Calcutta medical institutions reports 1892-1900
Year: 1892
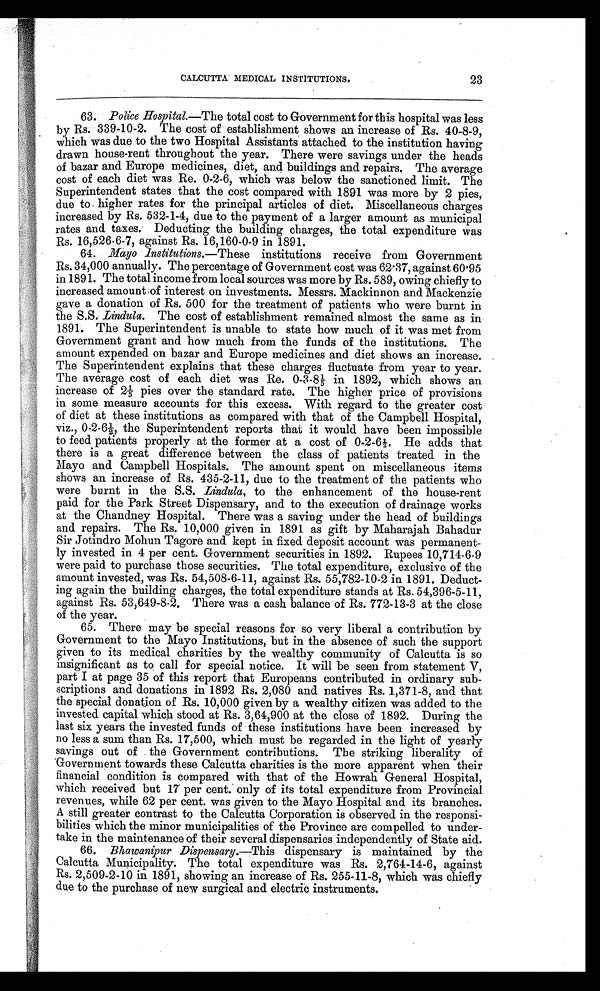
CALCUTTA MEDICAL INSTITUTIONS.
23
63. Police Hospital.—The total cost to Government for this hospital was less
by Rs. 339-10-2. The cost of establishment shows an increase of Rs. 40-8-9,
which was due to the two Hospital Assistants attached to the institution having
drawn house-rent throughout the year. There were savings under the heads
of bazar and Europe medicines, diet, and buildings and repairs. The average
cost of each diet was Re. 0-2-6, which was below the sanctioned limit. The
Superintendent states that the cost compared with 1891 was more by 2 pies,
due to. higher rates for the principal articles of diet. Miscellaneous charges
increased by Rs. 532-1-4, due to the payment of a larger amount as municipal
rates and taxes. Deducting the building charges, the total expenditure was
Rs. 16,526-6-7, against Rs. 16,160-0-9 in 1891.
64. Mayo Institutions.— These institutions receive from Government
Rs. 34,000 annually. The percentage of Government cost was 62.37, against 60.95
in 1891. The total income from local sources was more by Rs. 589, owing chiefly to
increased amount of interest on investments. Messrs. Mackinnon and Mackenzie
gave a donation of Rs. 500 for the treatment of patients who were burnt in
the S.S. Lindula. The cost of establishment remained almost the same as in
1891. The Superintendent is unable to state how much of it was met from
Government grant and how much from the funds of the institutions. The
amount expended on bazar and Europe medicines and diet shows an increase.
The Superintendent explains that these charges fluctuate from year to year.
The average cost of each diet was Re. 0-3-81/5 in 1892, which shows an
i n c r e a s e o f 2 1 / 5 p i e s o v e r t h e s t a n d a r d r a t e . T h e h i g h e r p r i c e o f p r o v i s i o n s
in some measure accounts for this excess. With regard to the greater cost
of diet at these institutions as compared with that of the Campbell Hospital,
v i z . , 0 - 2 - 6 1 / 2 , t h e S u p e r i n t e n d e n t r e p o r t s t h a t i t w o u l d h a v e b e e n i m p o s s i b l e
to feed patients properly at the former at a cost of 0-2-61/2. He adds that
there is a great difference between the class of patients treated in the
Mayo and Campbell Hospitals. The amount spent on miscellaneous items
shows an increase of Rs. 435-2-11, due to the treatment of the patients who
were burnt in the S.S. Lindula, to the enhancement of the house-rent
paid for the Park Street Dispensary, and to the execution of drainage works
at the Chandney Hospital. There was a saving under the head of buildings
and repairs. The Rs. 10,000 given in 1891 as gift by Maharajah Bahadur
Sir Jotindro Mohun Tagore and kept in fixed deposit account was permanent-
ly invested in 4 per cent. Government securities in 1892. Rupees 10,714-6-9
were paid to purchase those securities. The total expenditure, exclusive of the
amount invested, was Rs. 54,508-6-11, against Rs. 55,782-10-2 in 1891. Deduct-
ing again the building charges, the total expenditure stands at Rs. 54,396-5-11,
against Rs. 53,649-8-2. There was a cash balance of Rs. 772-13-3 at the close
of the year.
65. There may be special reasons for so very liberal a contribution by
Government to the Mayo Institutions, but in the absence of such the support
given to its medical charities by the wealthy community of Calcutta is so
insignificant as to call for special notice. It will be seen from statement V,
part I at page 35 of this report that Europeans contributed in ordinary sub-
scriptions and donations in 1892 Rs. 2,080 and natives Rs. 1,371-8, and that
the special donation of Rs. 10,000 given by a wealthy citizen was added to the
invested capital which stood at Rs. 3,64,900 at the close of 1892. During the
last six years the invested funds of these institutions have been increased by
no less a sum than Rs. 17,500, which must be regarded in the light of yearly
savings out of the Government contributions. The striking liberality of
Government towards these Calcutta charities is the more apparent when their
financial condition is compared with that of the Howrah General Hospital,
which received but 17 per cent. only of its total expenditure from Provincial
revenues, while 62 per cent. was given to the Mayo Hospital and its branches.
A still greater contrast to the Calcutta Corporation is observed in the responsi-
bilities which the minor municipalities of the Province are compelled to under-
take in the maintenance of their several dispensaries independently of State aid.
66. Bhawanipur Dispensary.—This dispensary is maintained by the
Calcutta Municipality. The total expenditure was Rs. 2,764-14-6, against
Rs. 2,509-2-10 in 1891, showing an increase of Rs. 255-11-8, which was chiefly
due to the purchase of new surgical and electric instruments.